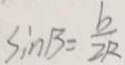
\sin B = \frac { b } { 2 R }